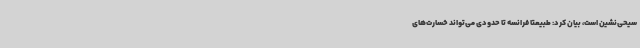
سیحی‌نشین است، بیان کرد: طبیعتا فرانسه تا حدودی می‌تواند خسارت‌های